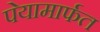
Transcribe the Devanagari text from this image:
पेयामार्फत